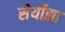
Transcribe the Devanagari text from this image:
सेर्योझा